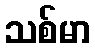
သစ်မာ